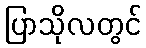
ပြာသိုလတွင်